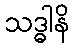
သဒ္ဓါနိ